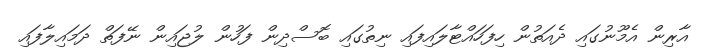
އާރިން އެމޫނުގައި ދެއަތުން ހިފަހައްޓާލައިފައި ނިތުގައި ބޮސްދިން ފަހުން ލުޖައިން ނޭފަތް ދަމައިލާފައި